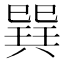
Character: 𢁌